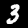
Label: 3